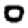
Digit: 0